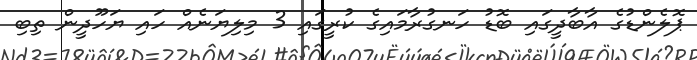
ޕޮލެންޑުގެ އާބާދީގައި ބޮޑު ހަނގުރާމައިގެ ކުރީގައި 3 މިލިޔަނެއް ހައި ޔަހޫދީން ތިބި